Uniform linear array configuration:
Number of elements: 64
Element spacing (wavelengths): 0.75
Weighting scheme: hann
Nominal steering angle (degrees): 15
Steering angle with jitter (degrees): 13.595
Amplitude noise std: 0.05
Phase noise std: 0.05

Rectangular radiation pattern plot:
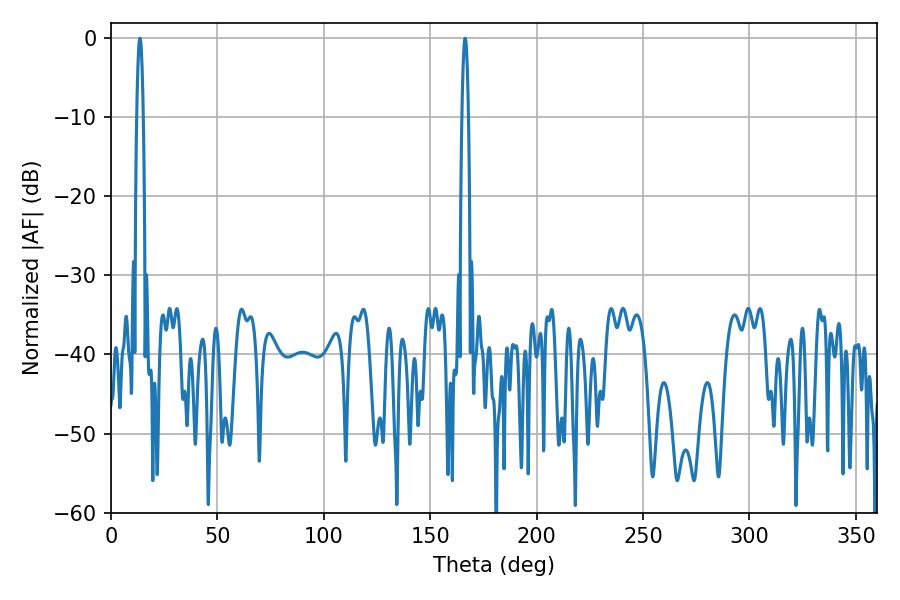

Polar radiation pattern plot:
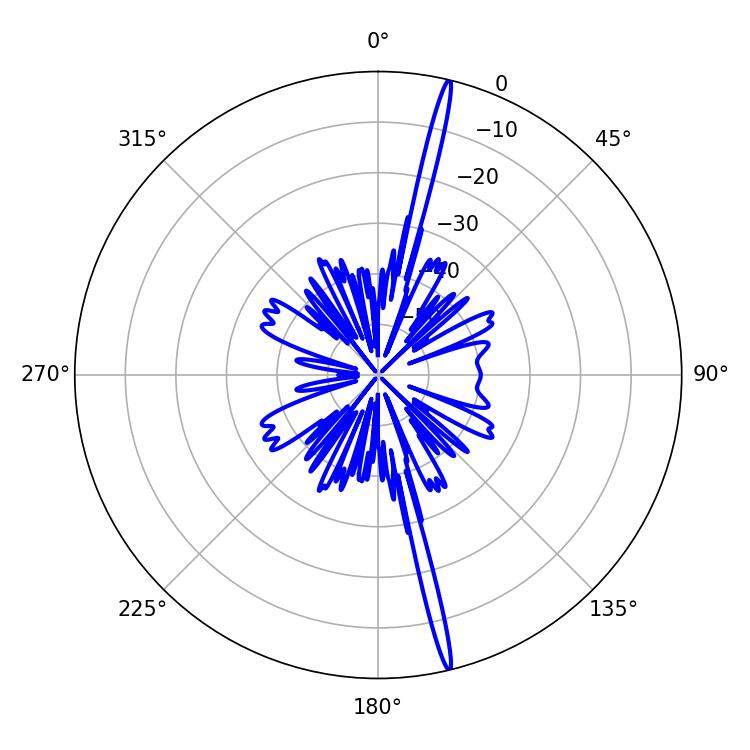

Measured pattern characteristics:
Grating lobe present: TRUE
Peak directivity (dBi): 21.126
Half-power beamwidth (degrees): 1.62
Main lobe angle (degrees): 166.32